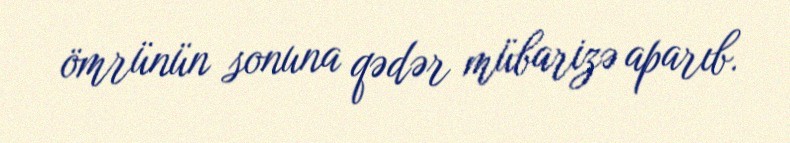
ömrünün sonuna qədər mübarizə aparıb.